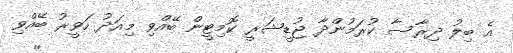
އެ ބިލު ދިރާސާ ކުރަމުންދާ ޖުޑީޝަރީ ކޮމިޓީން ބޭއްވި މިއަދު ހަވީރު ބޭއްވި